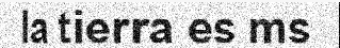
la tierra es ms